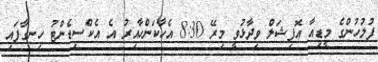
ފުލުހުންގެ މީޑިއާ އޮފިޝަލް ވިދާޅުވީ މިރޭ 8:30 އެހާކަންހާއިރު އެ އެކްސިޑެންޓު ހިނގާފައި